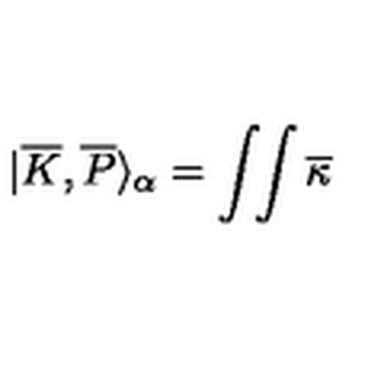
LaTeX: | \overline { { K } } , \overline { { P } } \rangle _ { \alpha } = \int \! \! \int \overline { { \kappa } }